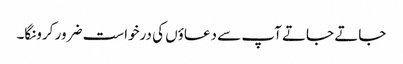
جاتے جاتے آپ سے دعاؤں کی درخواست ضرور کرونگا۔